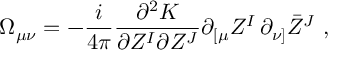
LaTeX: \Omega _ { \mu \nu } = - \frac i { 4 \pi } \frac { \partial ^ { 2 } K } { \partial Z ^ { I } \partial Z ^ { J } } \partial _ { [ \mu } Z ^ { I } \, \partial _ { \nu ] } \bar { Z } ^ { J } \ ,